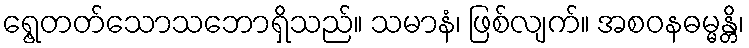
ရွေ့တတ်သောသဘောရှိသည်။ သမာနံ၊ ဖြစ်လျက်။ အစဝနဓမ္မန္တိ၊